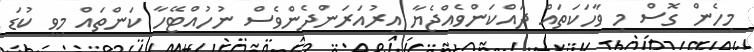
މިހެން ގޮސް މި ވާހަކަތައް ދައްކަންވެއްޖެޔާ އިރުއަރަންދެންވެސް ނުހުއްޓޭހާ ކަންތައް މިވީ ކުޑަ